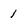
Character: 1